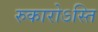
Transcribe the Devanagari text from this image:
रुकारोऽस्ति